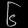
Digit: ၆